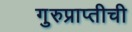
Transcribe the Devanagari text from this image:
गुरुप्राप्तीची